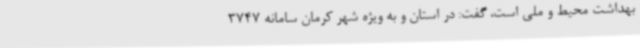
بهداشت محیط و ملی است، گفت: در استان و به ویژه شهر کرمان سامانه 3747